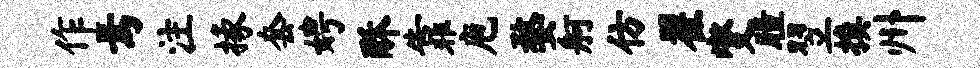
作焉注掾套娉酥靠庖婺舸仿翟燮瞳翌换州